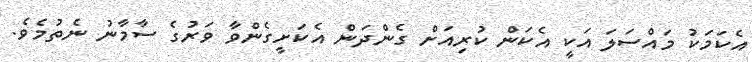
އެކަމަކު މައްސަލަ އަކީ އެކަން ކުރިއަށް ގެންދަން އެކަށީގެންވާ ވަރުގެ ސާމާނު ނެތުމެވެ.